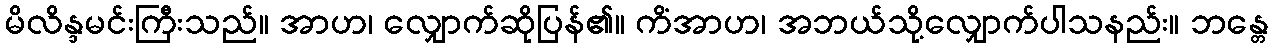
မိလိန္ဒမင်းကြီးသည်။ အာဟ၊ လျှောက်ဆိုပြန်၏။ ကိံအာဟ၊ အဘယ်သို့လျှောက်ပါသနည်း။ ဘန္တေ